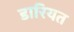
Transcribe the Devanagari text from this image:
डारियत